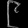
Digit: ၉